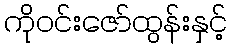
ကိုဝင်းဇော်ထွန်းနှင့်